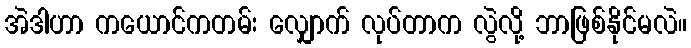
အဲဒါဟာ ကယောင်ကတမ်း လျှောက် လုပ်တာက လွဲလို့ ဘာဖြစ်နိုင်မလဲ။